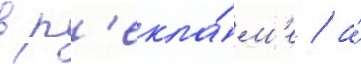
в р'екла́м'е / а́